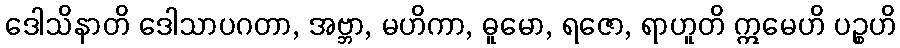
ဒေါသိနာတိ ဒေါသာပဂတာ, အဗ္ဘာ, မဟိကာ, ဓူမော, ရဇော, ရာဟူတိ ဣမေဟိ ပဉ္စဟိ